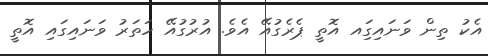
އެކު ތިން ވަނައިގަިއ އޮތީ ޕެރެގުއޭ އެވެ. އުރުގުއޭ ހަތަރު ވަނައިގައި އޮތީ